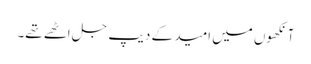
آنکھوں میں امید کے دیپ جل اٹھے تھے۔